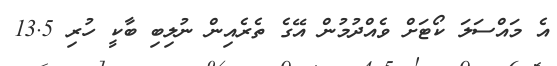
އެ މައްސަލަ ކޯޓަށް ވެއްދުމުން އޭގެ ތެރެއިން ނުލިބި ބާކީ ހުރި 13.5